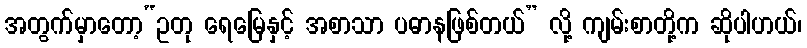
အတွက်မှာတော့“ဥတု ရေမြေနှင့် အစာသာ ပဓာနဖြစ်တယ်” လို့ ကျမ်းစာတို့က ဆိုပါဟယ်၊